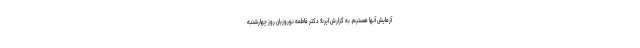
آزمایش آنها هستیم. به گزارش ایرنا؛ دکتر فاطمه نوروزیان روز چهارشنبه